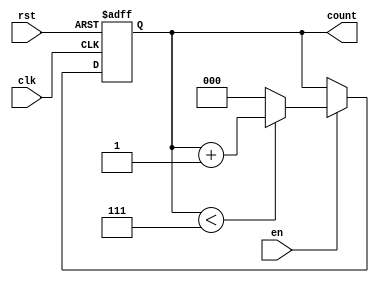
module binary_up_counter (
    input wire clk,          // Clock signal
    input wire rst,          // Asynchronous reset signal
    input wire en,           // Enable signal
    output reg [N-1:0] count // Count output (N bits wide)
);
    parameter N = 3; // Number of bits (adjust as needed)
    localparam MAX_COUNT = (1 << N) - 1; // Maximum count value (2^N - 1)

    // Process the counter on the rising edge of the clock
    always @(posedge clk or posedge rst) begin
        if (rst) begin
            count <= 0; // Reset the counter to 0
        end else if (en) begin
            if (count < MAX_COUNT) begin
                count <= count + 1; // Increment count
            end else begin
                count <= 0; // Wrap around to 0
            end
        end
    end
endmodule